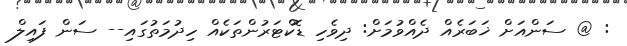
: @ ސަންއަށް ޚަބަރެއް ދެއްވުމަށް: ދިވެހި ޑޮކްޓަރުންތަކެއް ހިދުމަތުގައި-- ސަން ފައިލް